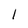
Character: 1